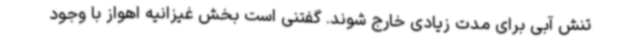
تنش آبی برای مدت زیادی خارج شوند. گفتنی است بخش غیزانیه اهواز با وجود